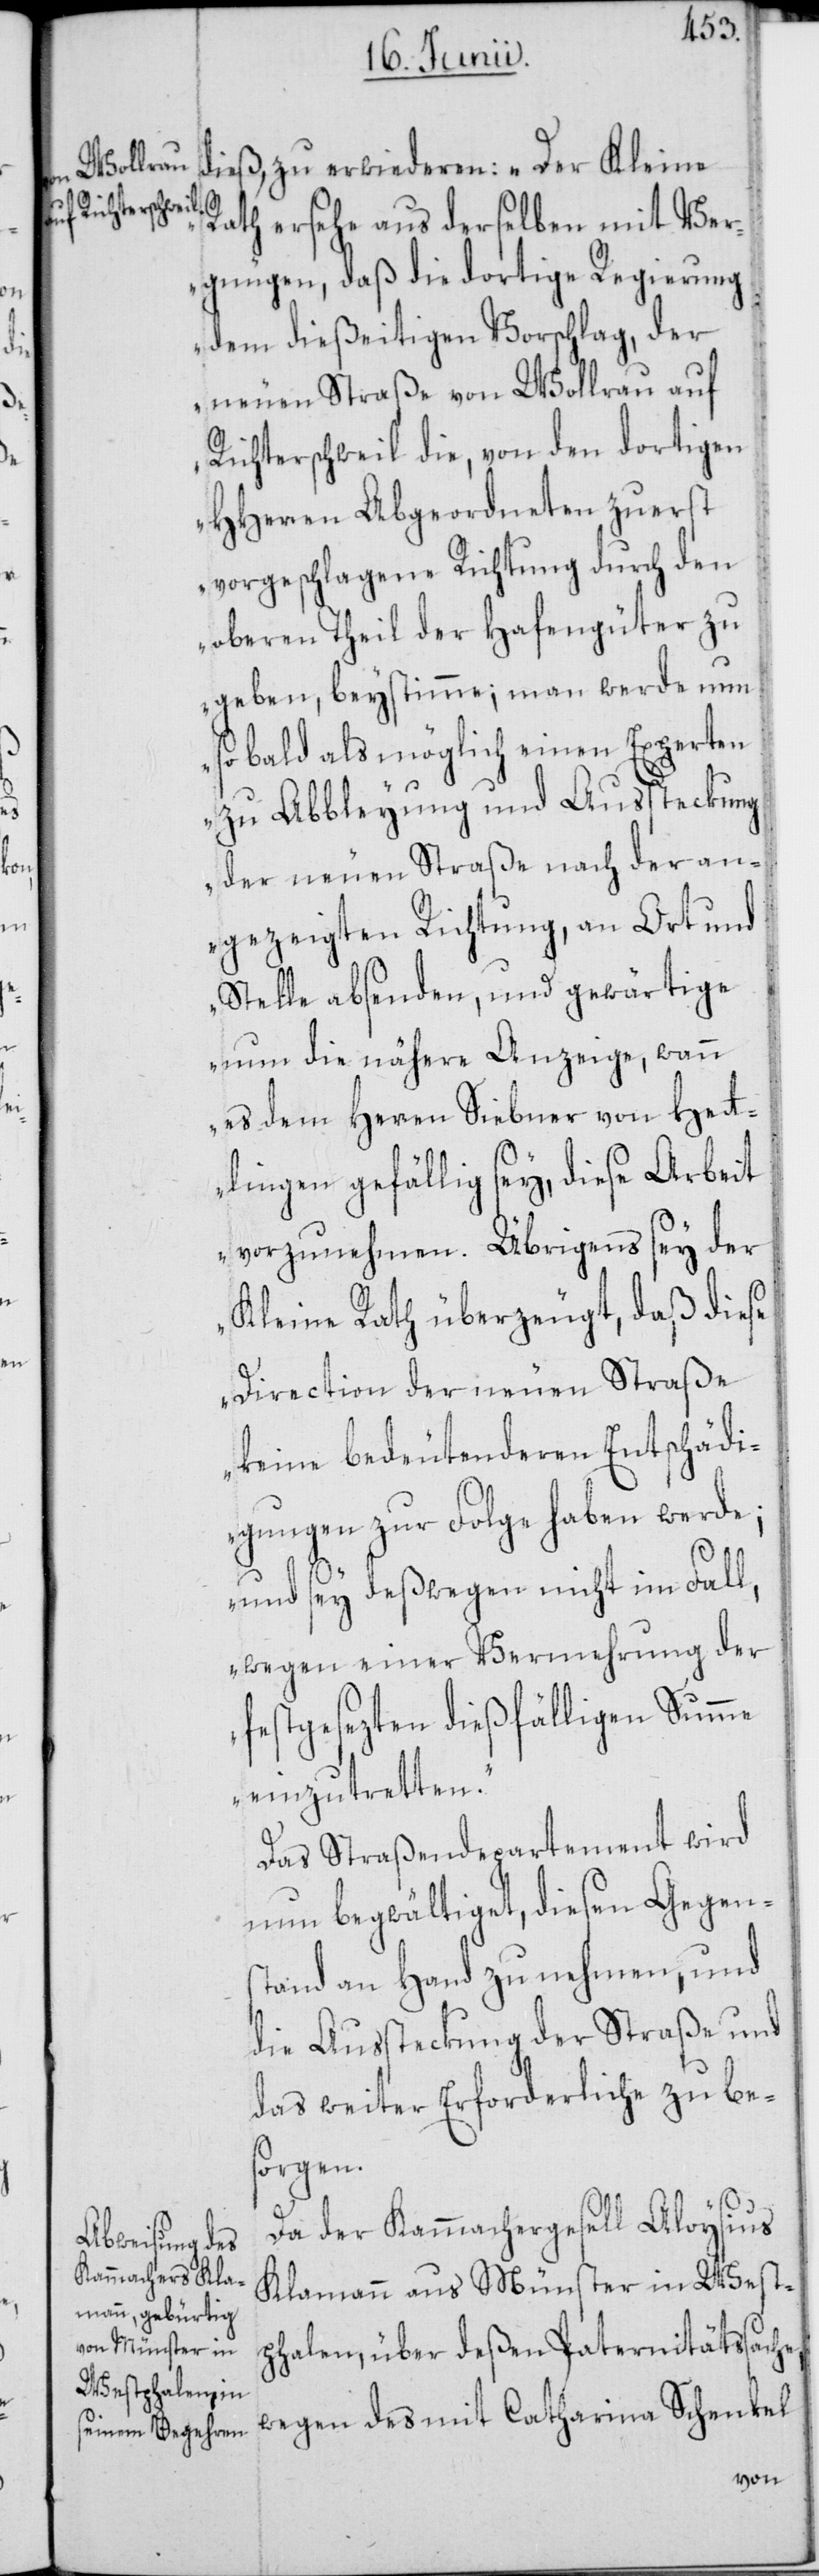
dieß, zu erwiederen: „Der Kleine
Rath ersehe aus derselben mit Ver¬
gnügen, daß die dortige Regierung
dem dießeitigen Vorschlag, der
neuen Straße von Wollrau auf
Richterschweil die, von den dortigen
HHerren Abgeordneten zuerst
vorgeschlagene Richtung durch den
oberen Theil der Hafengüter zu
geben, beystimme; man werde nun
so bald als möglich einen Experten
zu Abbleyung und Aussteckung
der neuen Straße nach der an¬
gezeigten Richtung, an Ort und
Stelle absenden, und gewärtige
nun die nähere Anzeige, wann
es dem Herren Siebner von Het¬
tlingen gefällig sey, diese Arbeit
vorzunehmen. Übrigens sey der
Kleine Rath überzeugt, daß diese
Direction der neuen Straße
keine bedeutenderen Entschädi¬
gungen zur Folge haben werde;
und sey deßwegen nicht im Fall,
wegen einer Vermehrung der
festgesezten dießfälligen Summe
einzutretten.“
Das Straßendepartement wird
nun begwältiget, diesen Gegens¬
tand an Hand zu nehmen, und
die Aussteckung der Straße und
das weiter Erforderliche zu be¬
sorgen.
Da der Kammachergesell Aloysius
Klamann aus Münster in West¬
phalen, über deßen Paternitätssache,
wegen des mit Catharina Schenkel